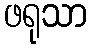
ဖရုသာ